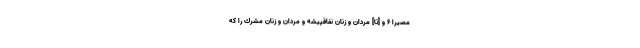
مَصِيرًا ۶ و [تا] مردان و زنان نفاقپيشه و مردان و زنان مشرك را كه